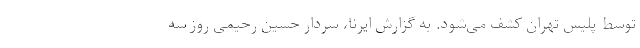
توسط پلیس تهران کشف می‌شود. به گزارش ایرنا، سردار حسین رحیمی روز سه